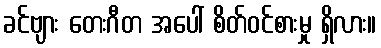
ခင်ဗျား တေးဂီတ အပေါ် စိတ်ဝင်စားမှု ရှိလား။